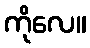
ကိုလေ။